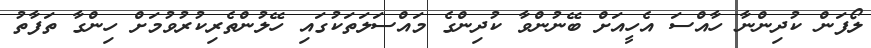
ލޯފަން ކުދިންނާ ހާއްސަ އެހީއަށް ބޭނުންވާ ކުދިންގެ މައްސަަލަތަކުގައި ހޭލުންތެރިކުރުވުމަށް ހިންގާ ތަފާތު